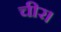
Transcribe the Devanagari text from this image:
चीर।